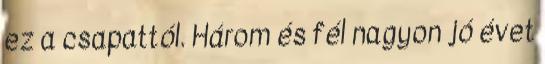
ez a csapattól. Három és fél nagyon jó évet